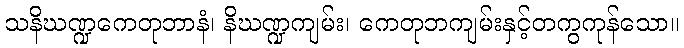
သနိဃဏ္ဍကေတုဘာနံ၊ နိဃဏ္ဍကျမ်း၊ ကေတုဘကျမ်းနှင့်တကွကုန်သော။